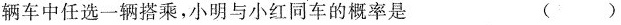
辆车中任选一辆搭乘，小明与小红同车的概率是 ( )